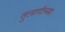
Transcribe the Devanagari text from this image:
तुलागीच्या